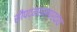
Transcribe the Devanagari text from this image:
सौपद्मसम्प्रदाय